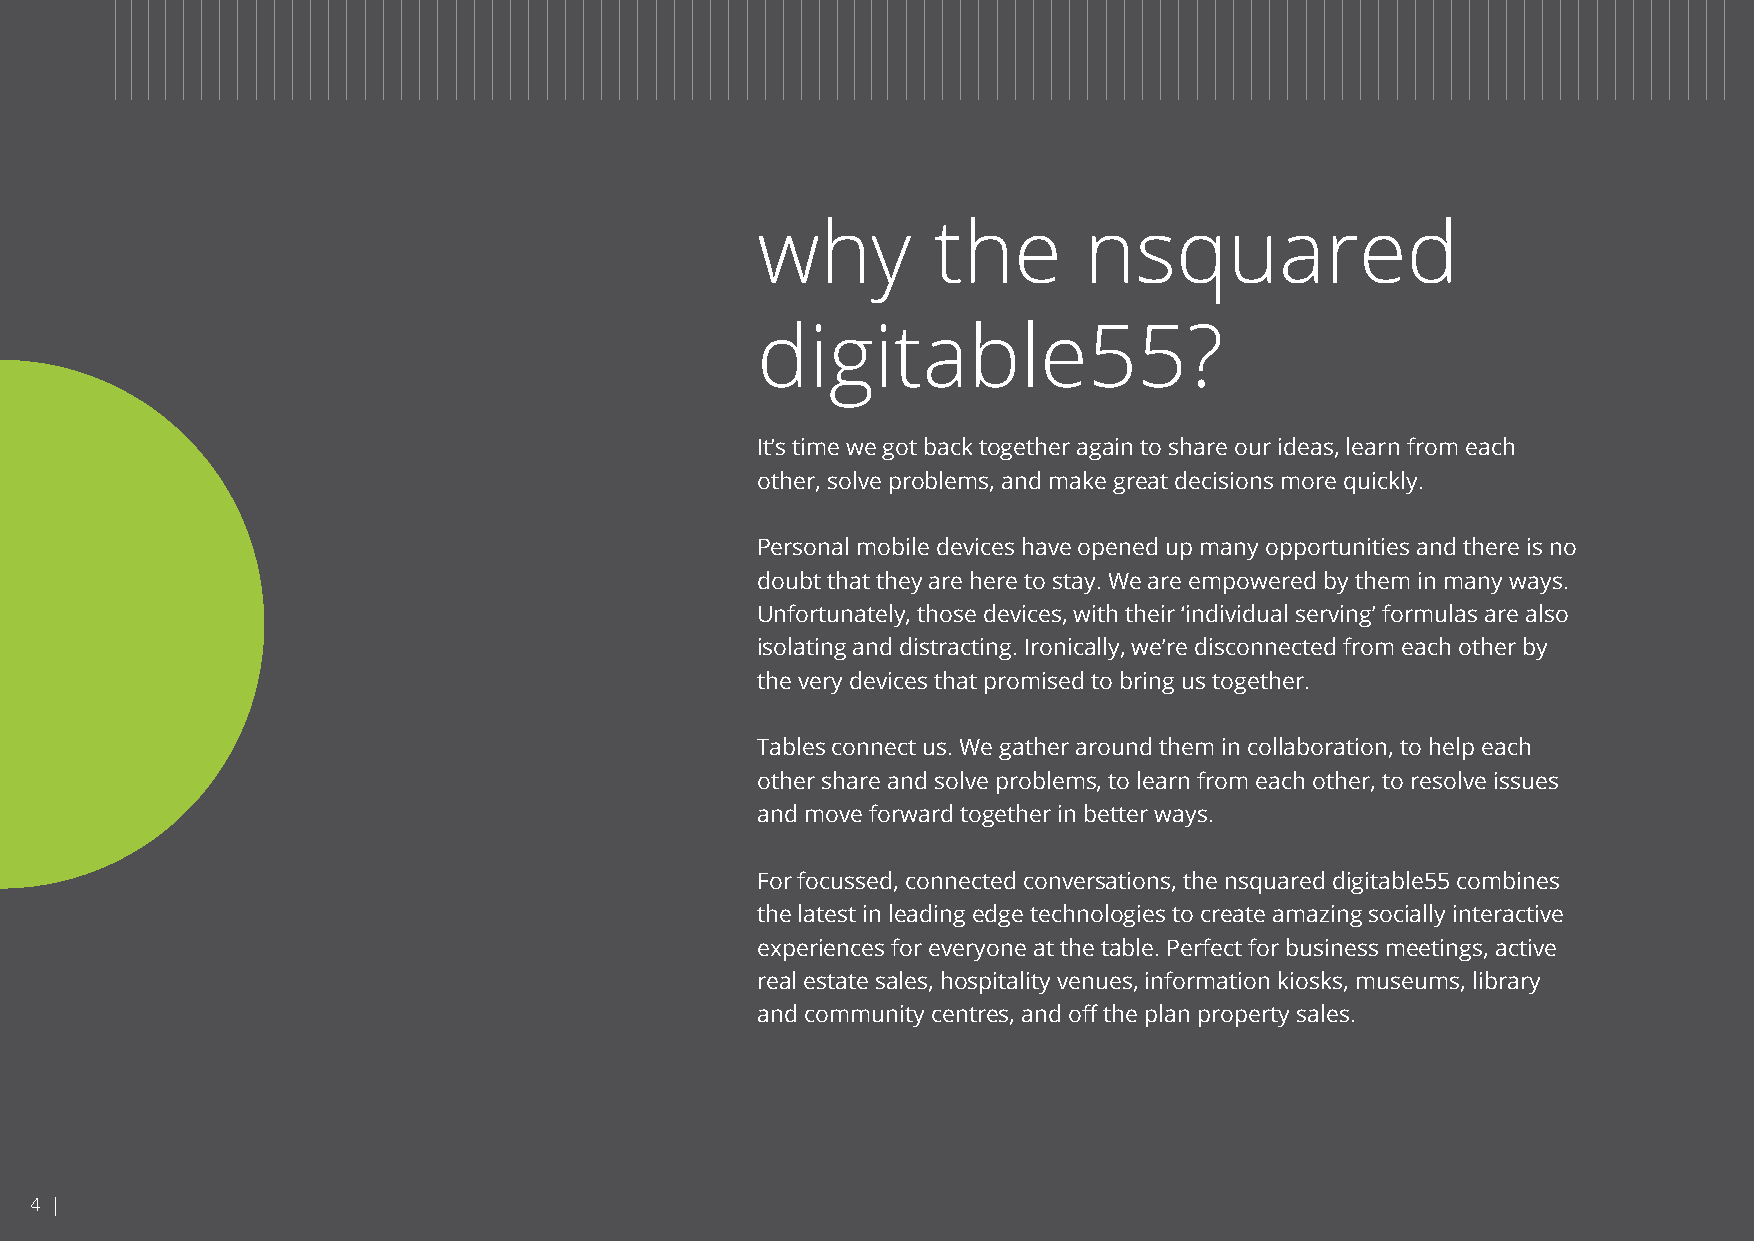
why         the       nsquared
 digitable55?
 It’s time we got back together again to share our ideas, learn from each
 other, solve problems, and make great decisions more quickly.
 Personal mobile devices have opened up many opportunities and there is no
 doubt that they are here to stay. We are empowered by them in many ways.
 Unfortunately, those devices, with their ‘individual serving’ formulas are also
 isolating and distracting. Ironically, we’re disconnected from each other by
 the very devices that promised to bring us together.
 Tables connect us. We gather around them in collaboration, to help each
 other share and solve problems, to learn from each other, to resolve issues
 and move forward together in better ways.
 For focussed, connected conversations, the nsquared digitable55 combines
 the latest in leading edge technologies to create amazing socially interactive
 experiences for everyone at the table. Perfect for business meetings, active
 real estate sales, hospitality venues, information kiosks, museums, library
 and community centres, and off the plan property sales.
 4 |